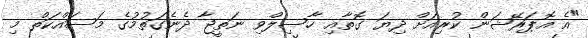
"އެ އޮޕަރޭޝަން ކުރިއަށް ދިޔަ ގޮތާއި ހާސިލްވި ނަތީޖާ ދެނެގަތުމުގެ މަސައްކަތް މި